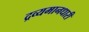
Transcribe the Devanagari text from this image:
द्रव्यमानधारी